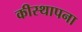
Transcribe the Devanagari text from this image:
कीस्थापना